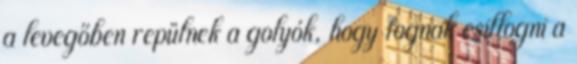
a levegőben repülnek a golyók, hogy fognak csillogni a